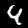
Digit: 4